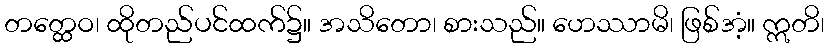
တတ္ထေဝ၊ ထိုတည်ပင်ထက်၌။ အသိတော၊ စားသည်။ ဟေဿာမိ၊ ဖြစ်အံ့။ ဣတိ၊